画像に写った文字を読んでください
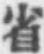
「省」と書いてあります